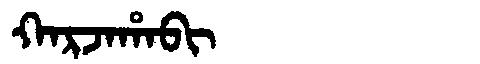
Manchu: ᡴᠠᡵᠵᠠᡥᠠᠪᡳ
Romanization: KARJAHABI